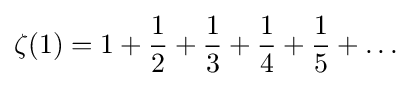
\zeta (1)=1+{\frac {1}{2}}+{\frac {1}{3}}+{\frac {1}{4}}+{\frac {1}{5}}+\ldots